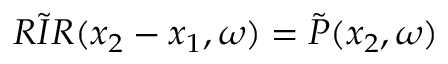
\Tilde { R I R } ( x _ { 2 } - x _ { 1 } , \omega ) = \Tilde { P } ( x _ { 2 } , \omega )